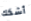
أشكك